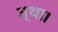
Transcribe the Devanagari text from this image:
त्था।